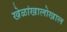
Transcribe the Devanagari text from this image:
खेळांखालोखाल